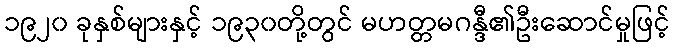
၁၉၂၀ ခုနှစ်များနှင့် ၁၉၃၀တို့တွင် မဟတ္တမဂန္ဒီ၏ဦးဆောင်မှုဖြင့်